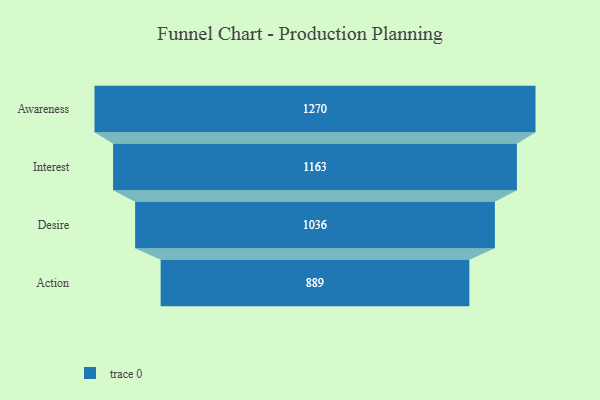
{"axis": {"x": "Stage", "y": "Value"}, "legend": [""], "data": [{"x": "Awareness", "y": 1270.0, "type": ""}, {"x": "Interest", "y": 1163.0, "type": ""}, {"x": "Desire", "y": 1036.0, "type": ""}, {"x": "Action", "y": 889.0, "type": ""}]}